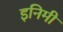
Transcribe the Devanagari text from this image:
इनिमी